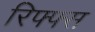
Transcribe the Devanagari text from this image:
रिफ्फ्स